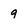
Character: 9